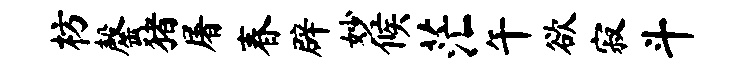
枋罄猪屠春辟妙候茫午欲寂斗